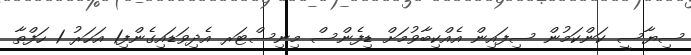
ސިޔާސީ ކަންކަމުން ސިފައިން އެއްކިބާވުމަށް ޑިފެންސް މިނިސްޓަރ އެދިވަޑައިގެންފި1 އަހަރު 1 ހަފްތާ